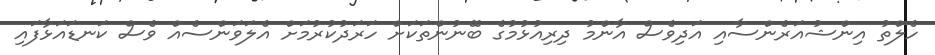
ހެލްތު އިންޝުއަރެންސާއި އަދިވެސް އާންމު ދިރިއުޅުމުގެ ބޭނުންތަކަށް ހަރަދުކުރުމަށް އެލަވަންސެއް ވެސް ކަނޑައަޅާފައި